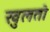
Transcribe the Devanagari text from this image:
खुलतो